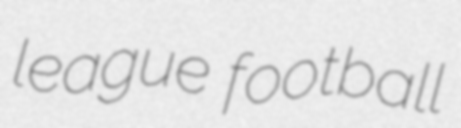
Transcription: league football